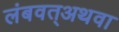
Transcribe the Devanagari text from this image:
लंबवत्अथवा